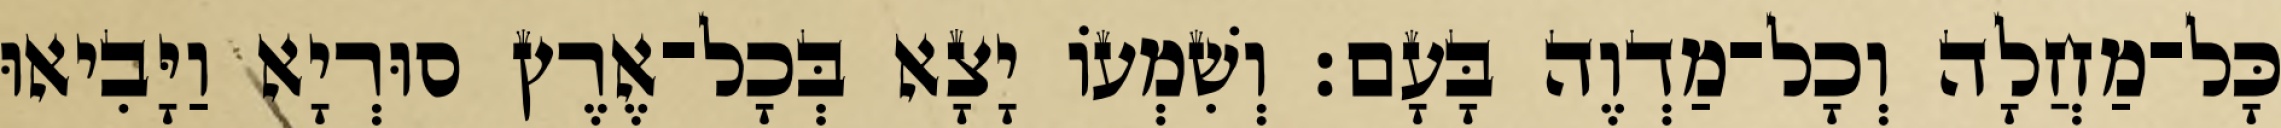
כָּל־מַחֲלָה וְכָל־מַדְוֶה בָּעָם׃ וְשִׁמְעוֹ יָצָא בְּכָל־אֶרֶץ סוּרְיָא וַיָּבִיאוּ